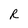
Character: R